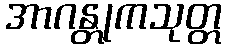
အာဂန္တုကသုတ္တ